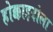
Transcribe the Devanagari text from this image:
होक्काइदोला